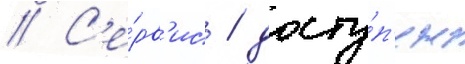
// С'е́рв'ис / досту́п'ен